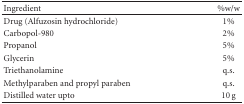
<table><thead><tr><td><b>Ingredient</b></td><td><b>%w/w</b></td></tr></thead><tbody><tr><td> Drug (Alfuzosin hydrochloride) </td><td>1%</td></tr><tr><td>Carbopol-980</td><td>2% </td></tr><tr><td>Propanol</td><td>5% </td></tr><tr><td>Glycerin</td><td>5% </td></tr><tr><td>Triethanolamine</td><td>q.s.</td></tr><tr><td>Methylparaben and propyl paraben </td><td>q.s.</td></tr><tr><td>Distilled water upto</td><td>10 g </td></tr></tbody></table>